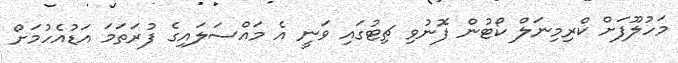
މަހުލޫފަށް ކްރިމިނަލް ކޯޓުން ފޮނުވި ޗިޓުގައި ވަނީ އެ މައްސަލައިގެ ފުރަތަމަ އަޑުއެހުމަށް